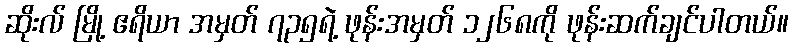
ဆိုးလ် မြို့ ဧရိယာ အမှတ် ၇၃၅ရဲ့ ဖုန်းအမှတ် ၁၂၆၈ကို ဖုန်းဆက်ချင်ပါတယ်။